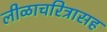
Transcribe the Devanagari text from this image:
लीळाचरित्रासह